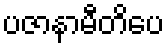
ပဇာနာမီတိပေ